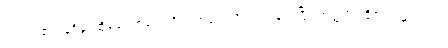
တကွ။ တံဝါနရိန္ဒံ၊ ထိုမျောက်မင်းကို။ ဃာတေသိ၊ သတ်လေပြီ။ တတ္ထပိ၊ ထိုဇာတ်၌လည်း။